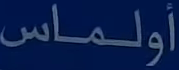
أولماس